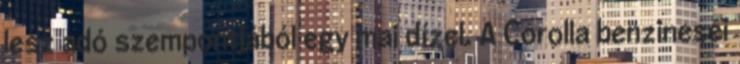
lesz adó szempontjából egy mai dízel. A Corolla benzinesei